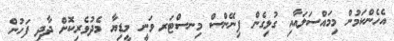
އެހެންކަމުން މިމައްސަލައާއި ގުޅިގެން ފިނޭންސް މިނސްޓަރ ވަނީ މީޑިޔާ މެދުވެރިކޮށް ދާދި ފަހުން